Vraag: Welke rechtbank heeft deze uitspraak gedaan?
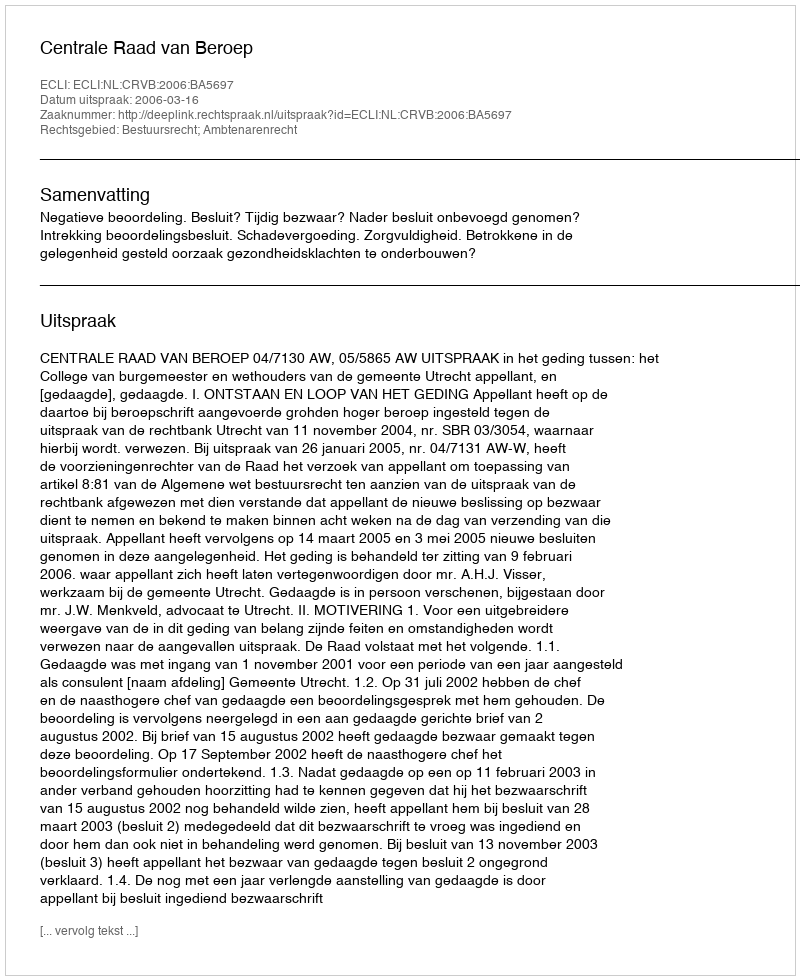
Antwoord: Centrale Raad van Beroep